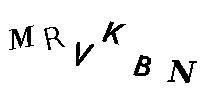
MRVKBN